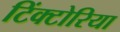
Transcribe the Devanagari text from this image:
टिंक्टोरिया